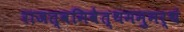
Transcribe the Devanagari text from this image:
राजत्वमिवेत्थममुमर्थं